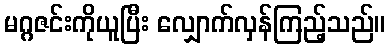
မဂ္ဂဇင်းကိုယူပြီး လျှောက်လှန်ကြည့်သည်။